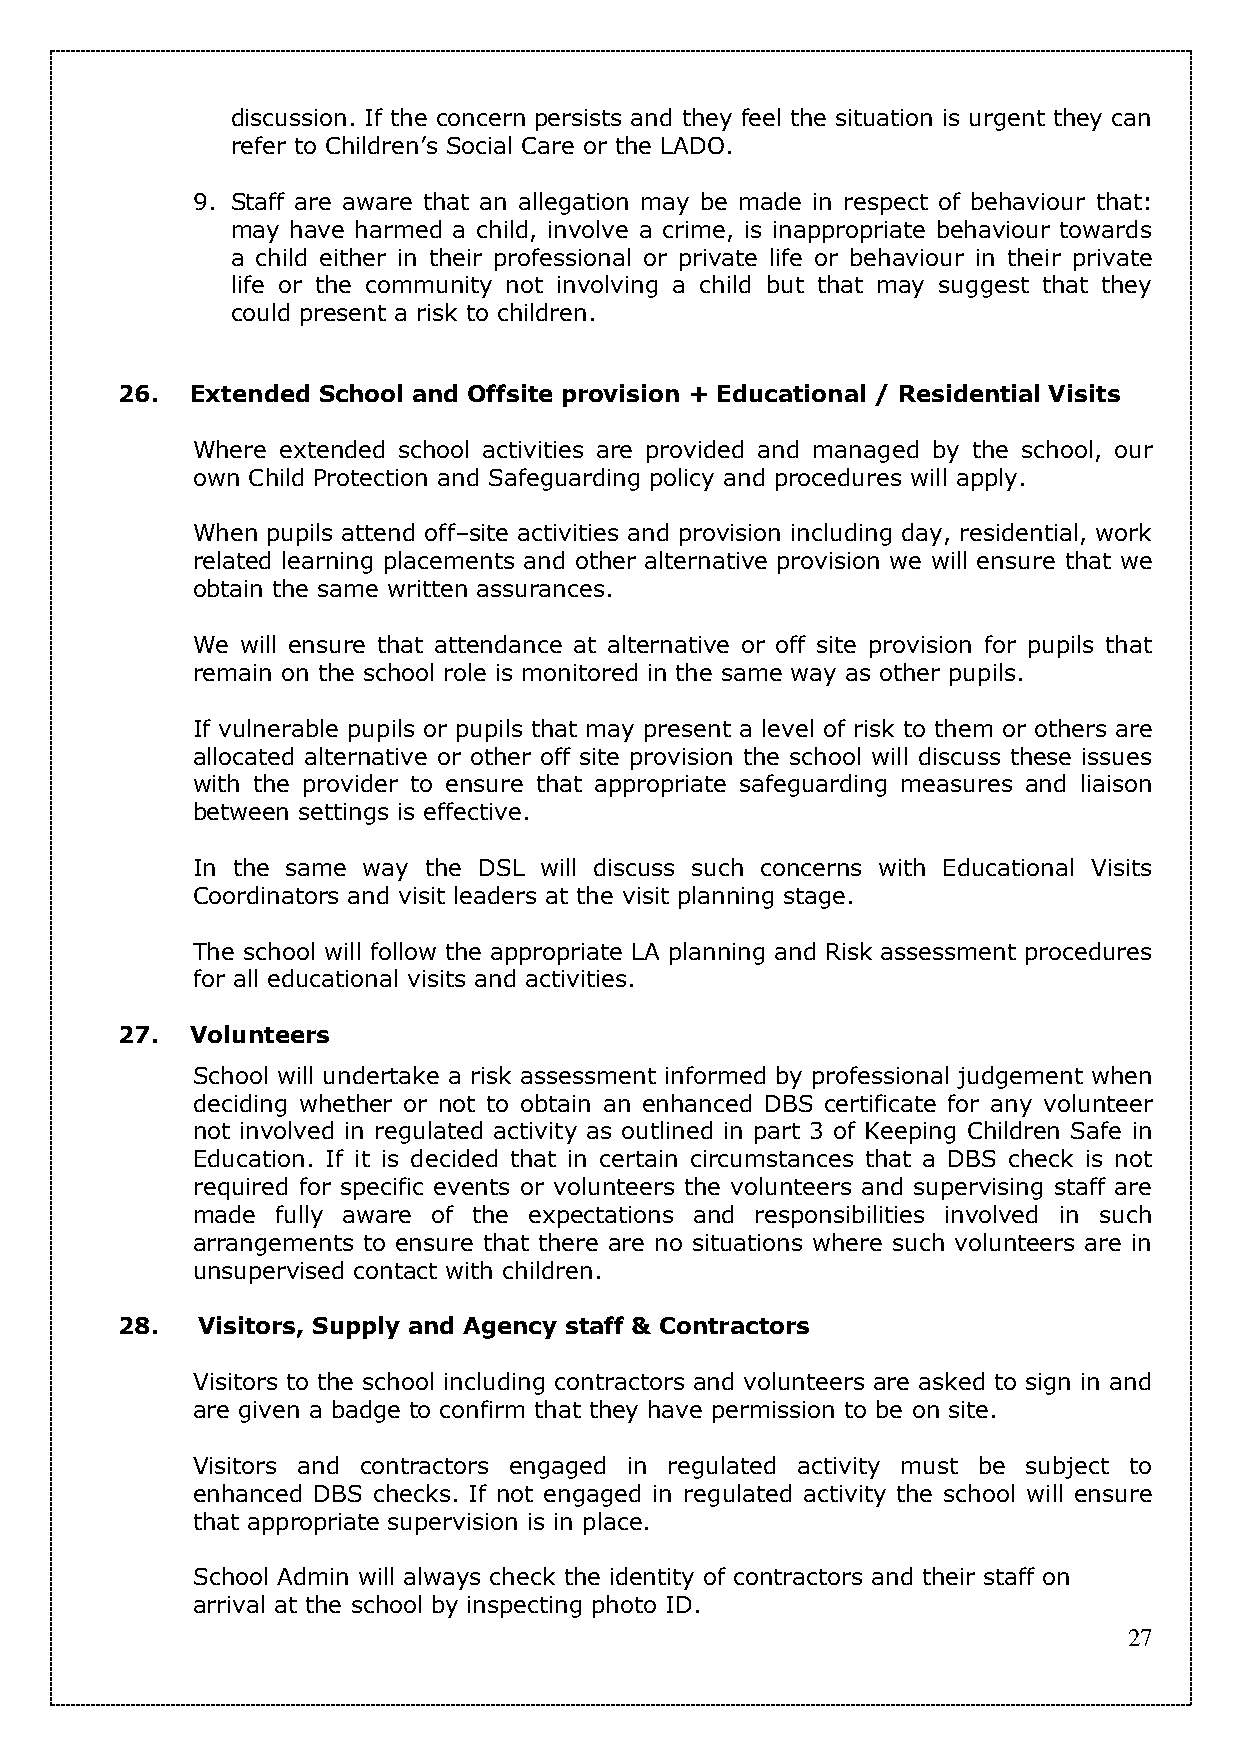
discussion. If the concern persists and they feel the situation is urgent they can
 refer to Children’s Social Care or the LADO.
 9. Staff are aware that an allegation may be made in respect of behaviour that:
 may have harmed a child, involve a crime, is inappropriate behaviour towards
 a child either in their professional or private life or behaviour in their private
 life or the community not involving a child but that may suggest that they
 could present a risk to children.
 26.  Extended School and Offsite provision + Educational / Residential Visits
 Where extended school activities are provided and managed by the school, our
 own Child Protection and Safeguarding policy and procedures will apply.
 When pupils attend off–site activities and provision including day, residential, work
 related learning placements and other alternative provision we will ensure that we
 obtain the same written assurances.
 We will ensure that attendance at alternative or off site provision for pupils that
 remain on the school role is monitored in the same way as other pupils.
 If vulnerable pupils or pupils that may present a level of risk to them or others are
 allocated alternative or other off site provision the school will discuss these issues
 with the provider to ensure that appropriate safeguarding measures and liaison
 between settings is effective.
 In the same way the DSL will discuss such concerns with Educational Visits
 Coordinators and visit leaders at the visit planning stage.
 The school will follow the appropriate LA planning and Risk assessment procedures
 for all educational visits and activities.
 27.  Volunteers
 School will undertake a risk assessment informed by professional judgement when
 deciding whether or not to obtain an enhanced DBS certificate for any volunteer
 not involved in regulated activity as outlined in part 3 of Keeping Children Safe in
 Education. If it is decided that in certain circumstances that a DBS check is not
 required for specific events or volunteers the volunteers and supervising staff are
 made fully aware of the expectations and responsibilities involved in such
 arrangements to ensure that there are no situations where such volunteers are in
 unsupervised contact with children.
 28.  Visitors, Supply and Agency staff & Contractors
 Visitors to the school including contractors and volunteers are asked to sign in and
 are given a badge to confirm that they have permission to be on site.
 Visitors and contractors engaged in regulated activity must be subject to
 enhanced DBS checks. If not engaged in regulated activity the school will ensure
 that appropriate supervision is in place.
 School Admin will always check the identity of contractors and their staff on
 arrival at the school by inspecting photo ID.
 27